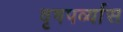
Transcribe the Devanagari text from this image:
वृषपर्व्यास